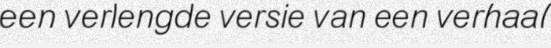
een verlengde versie van een verhaal